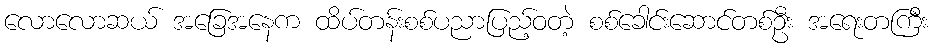
လောလောဆယ် အခြေအနေက ထိပ်တန်းစစ်ပညာပြည့်ဝတဲ့ စစ်ခေါင်းဆောင်တစ်ဦး အရေးတကြီး